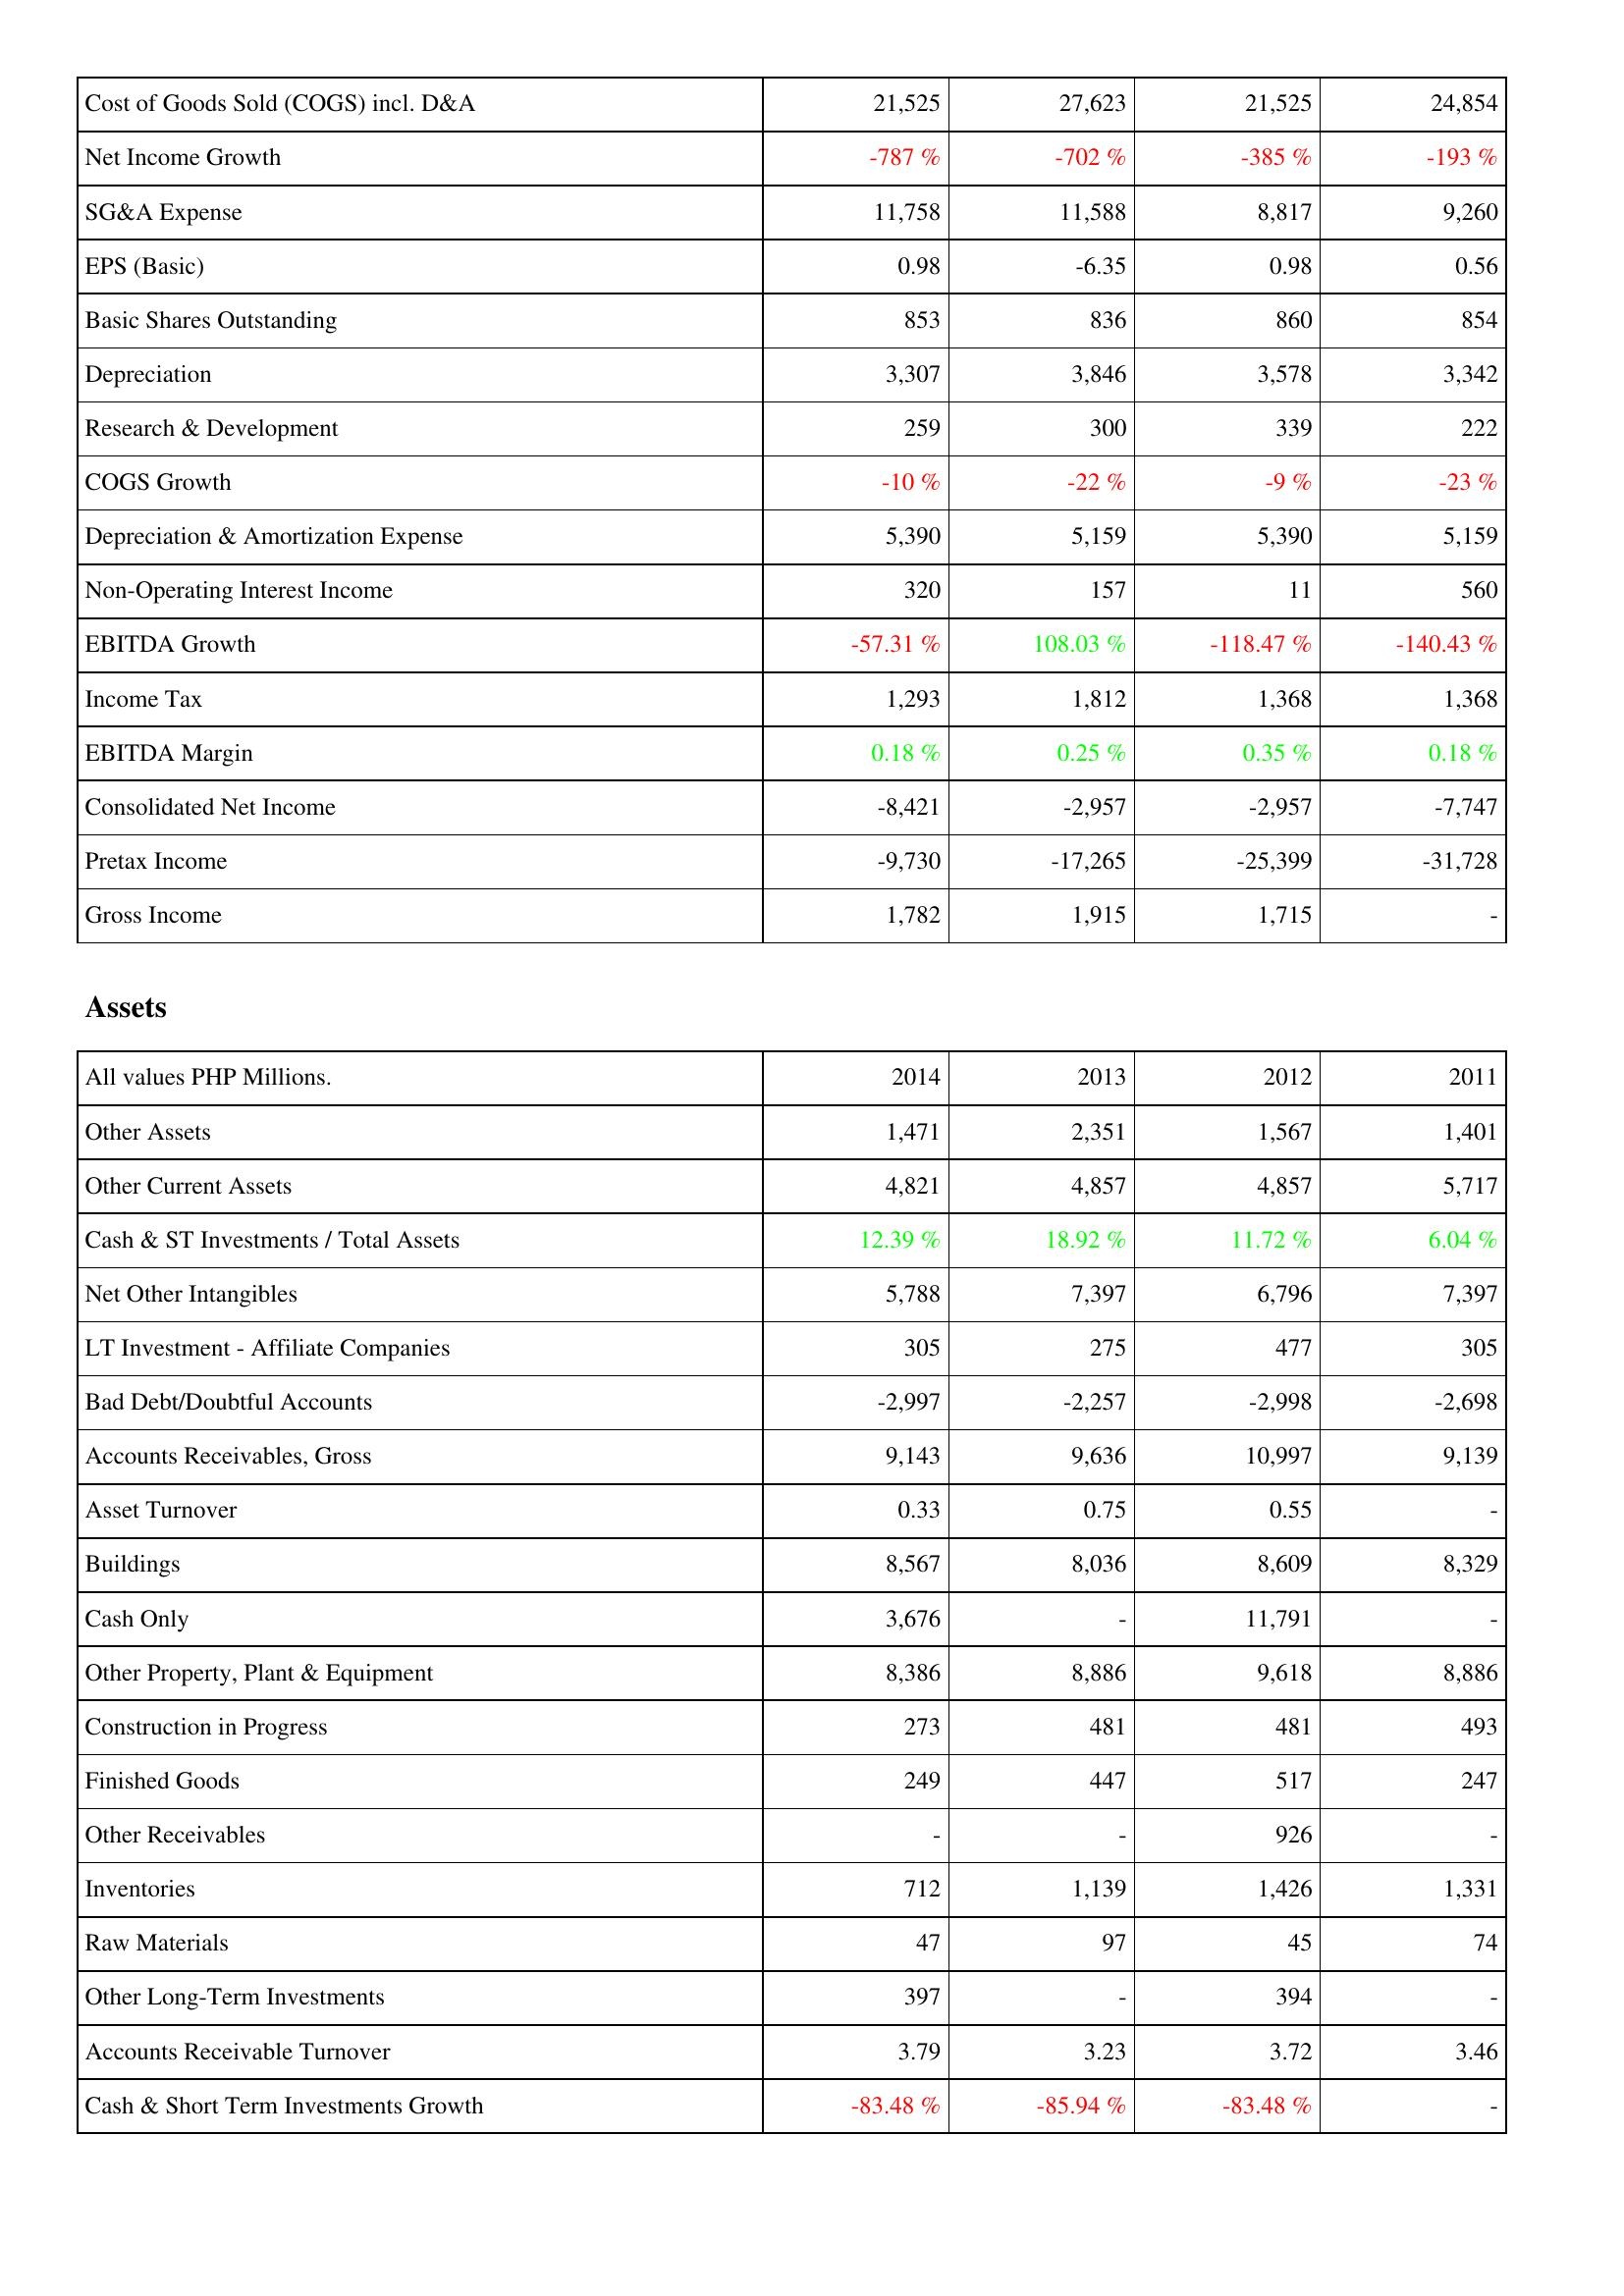
2014: Income Statement: Cost of Goods Sold (COGS) incl. D&A: 21,525
Net Income Growth: -787 %
SG&A Expense: 11,758
EPS (Basic): 0.98
Basic Shares Outstanding: 853
Depreciation: 3,307
Research & Development: 259
COGS Growth: -10 %
Depreciation & Amortization Expense: 5,390
Non-Operating Interest Income: 320
EBITDA Growth: -57.31 %
Income Tax: 1,293
EBITDA Margin: 0.18 %
Consolidated Net Income: -8,421
Pretax Income: -9,730
Gross Income: 1,782
Assets: Other Assets: 1,471
Other Current Assets: 4,821
Cash & ST Investments / Total Assets: 12.39 %
Net Other Intangibles: 5,788
LT Investment - Affiliate Companies: 305
Bad Debt/Doubtful Accounts: -2,997
Accounts Receivables, Gross: 9,143
Asset Turnover: 0.33
Buildings: 8,567
Cash Only: 3,676
Other Property, Plant & Equipment: 8,386
Construction in Progress: 273
Finished Goods: 249
Other Receivables: -
Inventories: 712
Raw Materials: 47
Other Long-Term Investments: 397
Accounts Receivable Turnover: 3.79
Cash & Short Term Investments Growth: -83.48 %
2013: Income Statement: Cost of Goods Sold (COGS) incl. D&A: 27,623
Net Income Growth: -702 %
SG&A Expense: 11,588
EPS (Basic): -6.35
Basic Shares Outstanding: 836
Depreciation: 3,846
Research & Development: 300
COGS Growth: -22 %
Depreciation & Amortization Expense: 5,159
Non-Operating Interest Income: 157
EBITDA Growth: 108.03 %
Income Tax: 1,812
EBITDA Margin: 0.25 %
Consolidated Net Income: -2,957
Pretax Income: -17,265
Gross Income: 1,915
Assets: Other Assets: 2,351
Other Current Assets: 4,857
Cash & ST Investments / Total Assets: 18.92 %
Net Other Intangibles: 7,397
LT Investment - Affiliate Companies: 275
Bad Debt/Doubtful Accounts: -2,257
Accounts Receivables, Gross: 9,636
Asset Turnover: 0.75
Buildings: 8,036
Cash Only: -
Other Property, Plant & Equipment: 8,886
Construction in Progress: 481
Finished Goods: 447
Other Receivables: -
Inventories: 1,139
Raw Materials: 97
Other Long-Term Investments: -
Accounts Receivable Turnover: 3.23
Cash & Short Term Investments Growth: -85.94 %
2012: Income Statement: Cost of Goods Sold (COGS) incl. D&A: 21,525
Net Income Growth: -385 %
SG&A Expense: 8,817
EPS (Basic): 0.98
Basic Shares Outstanding: 860
Depreciation: 3,578
Research & Development: 339
COGS Growth: -9 %
Depreciation & Amortization Expense: 5,390
Non-Operating Interest Income: 11
EBITDA Growth: -118.47 %
Income Tax: 1,368
EBITDA Margin: 0.35 %
Consolidated Net Income: -2,957
Pretax Income: -25,399
Gross Income: 1,715
Assets: Other Assets: 1,567
Other Current Assets: 4,857
Cash & ST Investments / Total Assets: 11.72 %
Net Other Intangibles: 6,796
LT Investment - Affiliate Companies: 477
Bad Debt/Doubtful Accounts: -2,998
Accounts Receivables, Gross: 10,997
Asset Turnover: 0.55
Buildings: 8,609
Cash Only: 11,791
Other Property, Plant & Equipment: 9,618
Construction in Progress: 481
Finished Goods: 517
Other Receivables: 926
Inventories: 1,426
Raw Materials: 45
Other Long-Term Investments: 394
Accounts Receivable Turnover: 3.72
Cash & Short Term Investments Growth: -83.48 %
2011: Income Statement: Cost of Goods Sold (COGS) incl. D&A: 24,854
Net Income Growth: -193 %
SG&A Expense: 9,260
EPS (Basic): 0.56
Basic Shares Outstanding: 854
Depreciation: 3,342
Research & Development: 222
COGS Growth: -23 %
Depreciation & Amortization Expense: 5,159
Non-Operating Interest Income: 560
EBITDA Growth: -140.43 %
Income Tax: 1,368
EBITDA Margin: 0.18 %
Consolidated Net Income: -7,747
Pretax Income: -31,728
Gross Income: -
Assets: Other Assets: 1,401
Other Current Assets: 5,717
Cash & ST Investments / Total Assets: 6.04 %
Net Other Intangibles: 7,397
LT Investment - Affiliate Companies: 305
Bad Debt/Doubtful Accounts: -2,698
Accounts Receivables, Gross: 9,139
Asset Turnover: -
Buildings: 8,329
Cash Only: -
Other Property, Plant & Equipment: 8,886
Construction in Progress: 493
Finished Goods: 247
Other Receivables: -
Inventories: 1,331
Raw Materials: 74
Other Long-Term Investments: -
Accounts Receivable Turnover: 3.46
Cash & Short Term Investments Growth: -